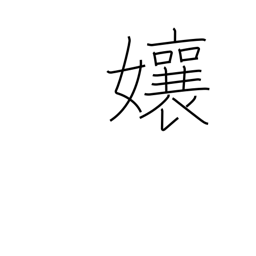
Meaning: Miss